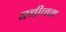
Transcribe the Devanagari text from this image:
बबीनम